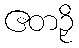
ဧတဉှိ